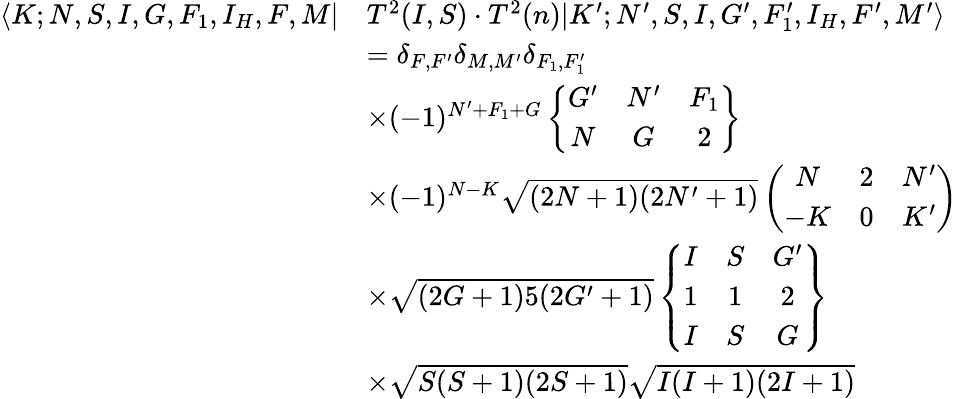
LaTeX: \begin{array}{rl}{\langle K;N,S,I,G,F_{1},I_{H},F,M|}&{T^{2}(I,S)\cdot T^{2}(n)|K^{\prime};N^{\prime},S,I,G^{\prime},F_{1}^{\prime},I_{H},F^{\prime},M^{\prime}\rangle}\\ &{=\delta_{F,F^{\prime}}\delta_{M,M^{\prime}}\delta_{F_{1},F_{1}^{\prime}}}\\ &{\times(-1)^{N^{\prime}+F_{1}+G}\left\{ \begin{array}{ccc}{G^{\prime}}&{N^{\prime}}&{F_{1}}\\ {N}&{G}&{2}\end{array}\right\} }\\ &{\times(-1)^{N-K}\sqrt{(2N+1)(2N^{\prime}+1)}\left(\begin{array}{ccc}{N}&{2}&{N^{\prime}}\\ {-K}&{0}&{K^{\prime}}\end{array}\right)}\\ &{\times\sqrt{(2G+1)5(2G^{\prime}+1)}\left\{ \begin{array}{ccc}{I}&{S}&{G^{\prime}}\\ {1}&{1}&{2}\\ {I}&{S}&{G}\end{array}\right\} }\\ &{\times\sqrt{S(S+1)(2S+1)}\sqrt{I(I+1)(2I+1)}}\end{array}